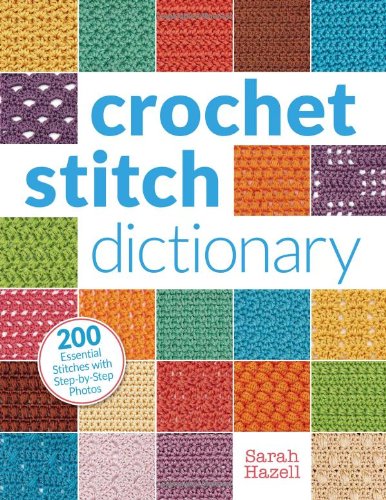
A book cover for Crochet Stitch Dictionary: 200 Essential Stitches with Step-by-Step Photos; Sarah Hazell; Crafts, Hobbies & Home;